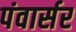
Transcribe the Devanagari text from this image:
पंवार्सर